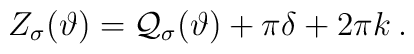
Z_{\sigma }(\vartheta )={\cal Q}_{\sigma }(\vartheta )+\pi \delta +2\pi k\: .